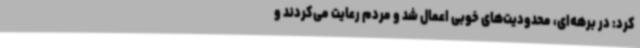
کرد: در برهه‌ای، محدودیت‌های خوبی اعمال شد و مردم رعایت می‌کردند و